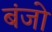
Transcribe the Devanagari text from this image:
बंजो